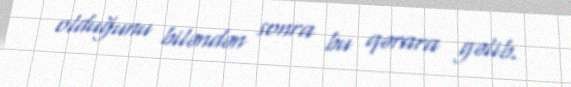
olduğunu biləndən sonra bu qərara gəlib.